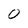
Character: 0